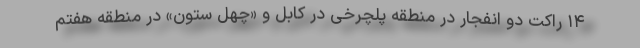
۱۴ راکت دو انفجار در منطقه پلچرخی در کابل و «چهل ستون» در منطقه هفتم